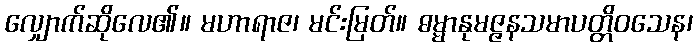
လျှောက်ဆိုလေ၏။ မဟာရာဇ၊ မင်းမြတ်။ ဓမ္မာနုမဇ္ဇနသမာပတ္တိဝသေန၊